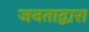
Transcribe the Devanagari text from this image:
जनताद्वारा